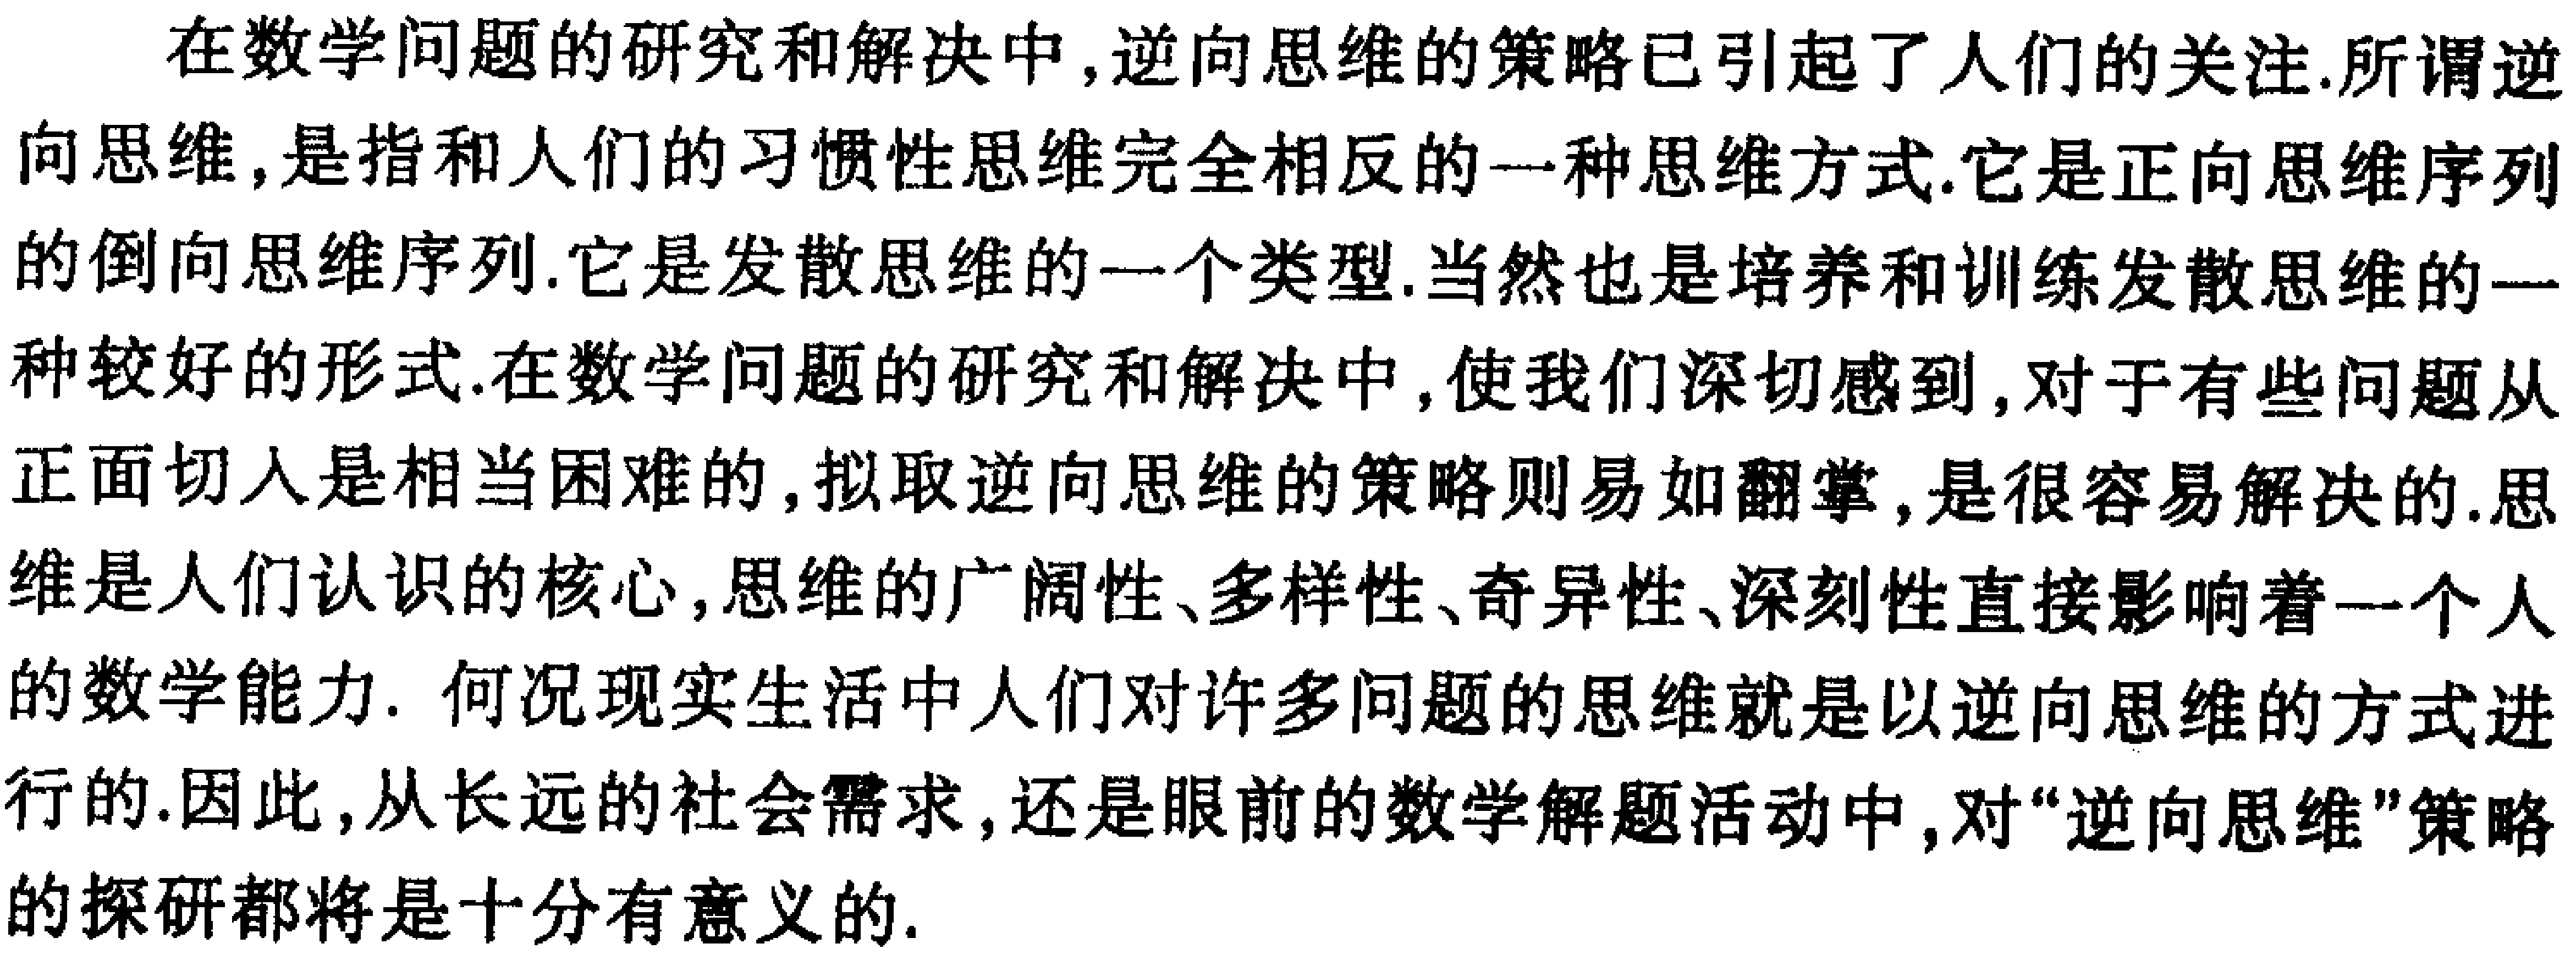
在数学问题的研究和解决中,逆向思维的策略已引起了人们的关注.所谓逆向思维,是指和人们的习惯性思维完全相反的一种思维方式.它是正向思维序列的倒向思维序列.它是发散思维的一个类型.当然也是培养和训练发散思维的一种较好的形式.在数学问题的研究和解决中,使我们深切感到,对于有些问题从正面切入是相当困难的,拟取逆向思维的策略则易如翻掌,是很容易解决的.思维是人们认识的核心,思维的广阔性、多样性、奇异性、深刻性直接影响着一个人的数学能力. 何况现实生活中人们对许多问题的思维就是以逆向思维的方式进行的.因此,从长远的社会需求,还是眼前的数学解题活动中,对“逆向思维”策略的探研都将是十分有意义的.